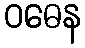
ဝဓေန